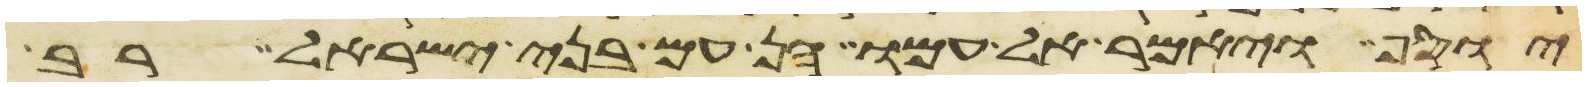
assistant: יוסף ויאמר אל עמו הן עם בני ישראל רב